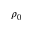
\rho _ { 0 }